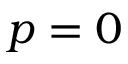
p = 0